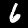
Label: 6